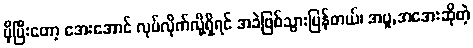
ပိုပြီးတော့ အေးအောင် လုပ်လိုက်လို့ရှိရင် အခဲဖြစ်သွားပြန်တယ်၊ အပူ,အအေးဆိုတဲ့